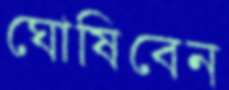
ঘোষিবেন